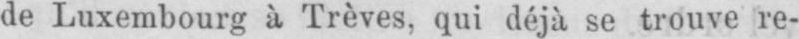
de Luxembourg à Trèves, qui déjà se trouve re-